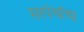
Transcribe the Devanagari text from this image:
सरपंचांचा